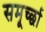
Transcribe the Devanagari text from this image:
समूर्च्छा